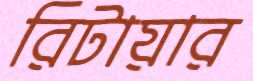
রিটায়ার